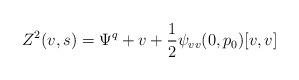
LaTeX: \begin{align*}Z^2(v,s) = \Psi^q + v + \frac 12 \psi_{vv}(0,p_0)[v,v]\end{align*}